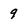
Character: 9